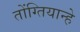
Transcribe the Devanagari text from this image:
तोंग्तियान्हे